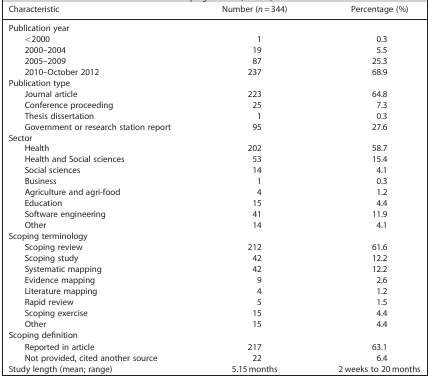
<table><thead><tr><td><b>Characteristic</b></td><td><b>Number (<i>n</i> = 344)</b></td><td><b>Percentage (%)</b></td></tr></thead><tbody><tr><td>Publication year</td><td></td><td></td></tr><tr><td> &lt;2000</td><td>1</td><td>0.3</td></tr><tr><td> 2000–2004</td><td>19</td><td>5.5</td></tr><tr><td> 2005–2009</td><td>87</td><td>25.3</td></tr><tr><td> 2010–October 2012</td><td>237</td><td>68.9</td></tr><tr><td>Publication type</td><td></td><td></td></tr><tr><td> Journal article</td><td>223</td><td>64.8</td></tr><tr><td> Conference proceeding</td><td>25</td><td>7.3</td></tr><tr><td> Thesis dissertation</td><td>1</td><td>0.3</td></tr><tr><td> Government or research station report</td><td>95</td><td>27.6</td></tr><tr><td>Sector</td><td></td><td></td></tr><tr><td> Health</td><td>202</td><td>58.7</td></tr><tr><td> Health and Social sciences</td><td>53</td><td>15.4</td></tr><tr><td> Social sciences</td><td>14</td><td>4.1</td></tr><tr><td> Business</td><td>1</td><td>0.3</td></tr><tr><td> Agriculture and agri-food</td><td>4</td><td>1.2</td></tr><tr><td> Education</td><td>15</td><td>4.4</td></tr><tr><td> Software engineering</td><td>41</td><td>11.9</td></tr><tr><td> Other</td><td>14</td><td>4.1</td></tr><tr><td>Scoping terminology</td><td></td><td></td></tr><tr><td> Scoping review</td><td>212</td><td>61.6</td></tr><tr><td> Scoping study</td><td>42</td><td>12.2</td></tr><tr><td> Systematic mapping</td><td>42</td><td>12.2</td></tr><tr><td> Evidence mapping</td><td>9</td><td>2.6</td></tr><tr><td> Literature mapping</td><td>4</td><td>1.2</td></tr><tr><td> Rapid review</td><td>5</td><td>1.5</td></tr><tr><td> Scoping exercise</td><td>15</td><td>4.4</td></tr><tr><td> Other</td><td>15</td><td>4.4</td></tr><tr><td>Scoping definition</td><td></td><td></td></tr><tr><td> Reported in article</td><td>217</td><td>63.1</td></tr><tr><td> Not provided, cited another source</td><td>22</td><td>6.4</td></tr><tr><td>Study length (mean; range)</td><td>5.15 months</td><td>2 weeks to 20 months</td></tr></tbody></table>